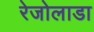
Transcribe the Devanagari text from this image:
रेजोलाडा